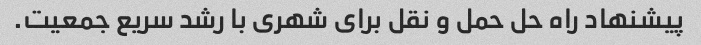
پیشنهاد راه حل حمل و نقل برای شهری با رشد سریع جمعیت.